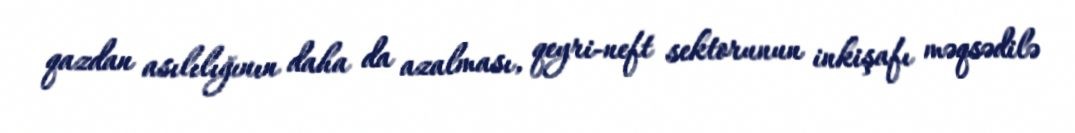
qazdan asılılığının daha da azalması, qeyri-neft sektorunun inkişafı məqsədilə